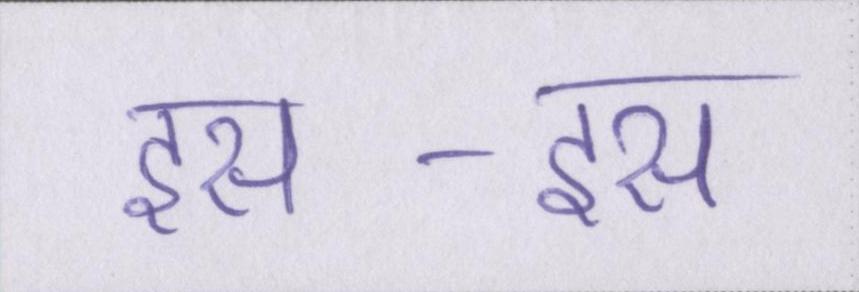
इस-इस